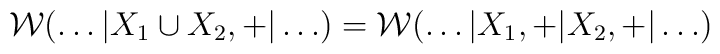
{\cal W} (\ldots |X_1 \cup X_2, +|\ldots ) = {\cal W} (\ldots |X_1 ,+|X_2 ,+|\ldots)